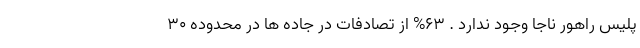
پلیس راهور ناجا وجود ندارد . ۶۳% از تصادفات در جاده ها در محدوده ۳۰